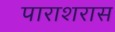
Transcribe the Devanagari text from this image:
पाराशरास